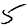
Digit: 5